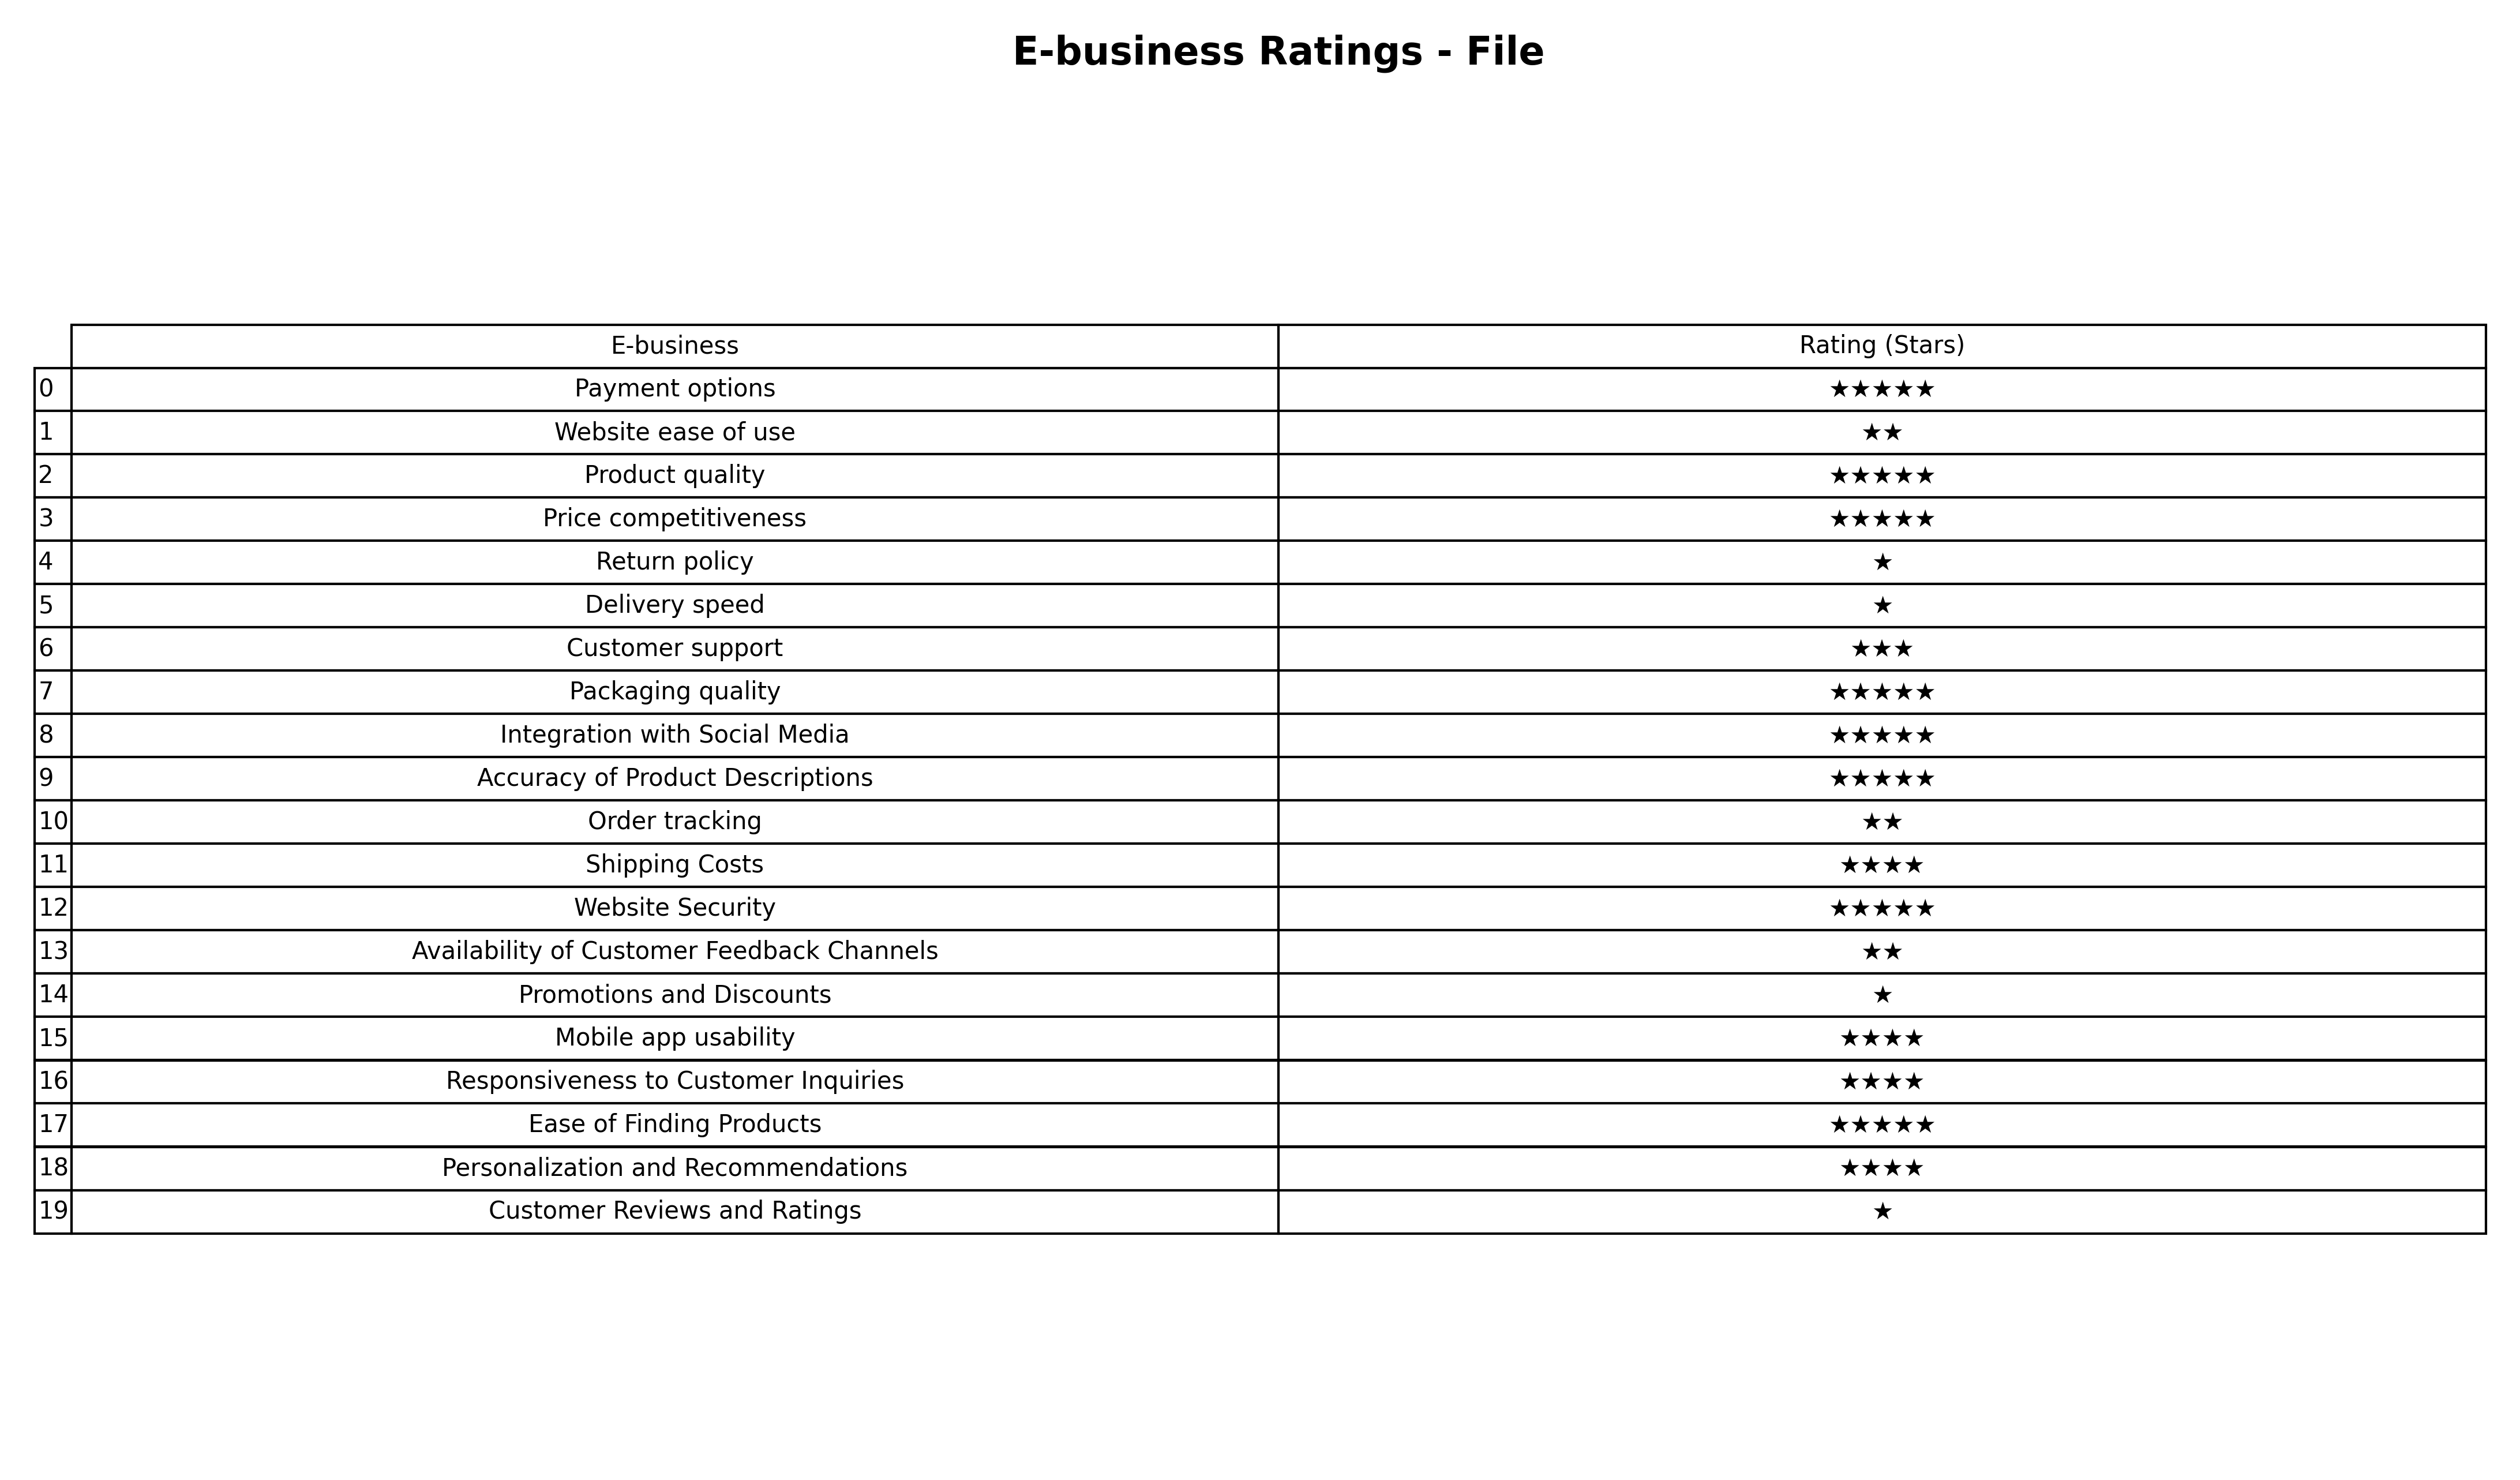
question: What are lowest rating services?
answer: Customer support